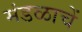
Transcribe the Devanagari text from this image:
मंडळाचें